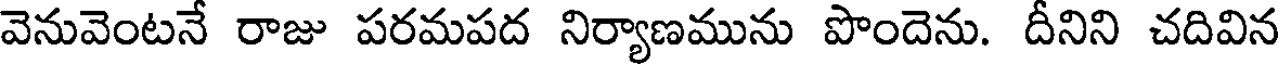
వెనువెంటనే రాజు పరమపద నిర్యాణమును పొందెను. దీనిని చదివిన